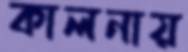
কালনায়